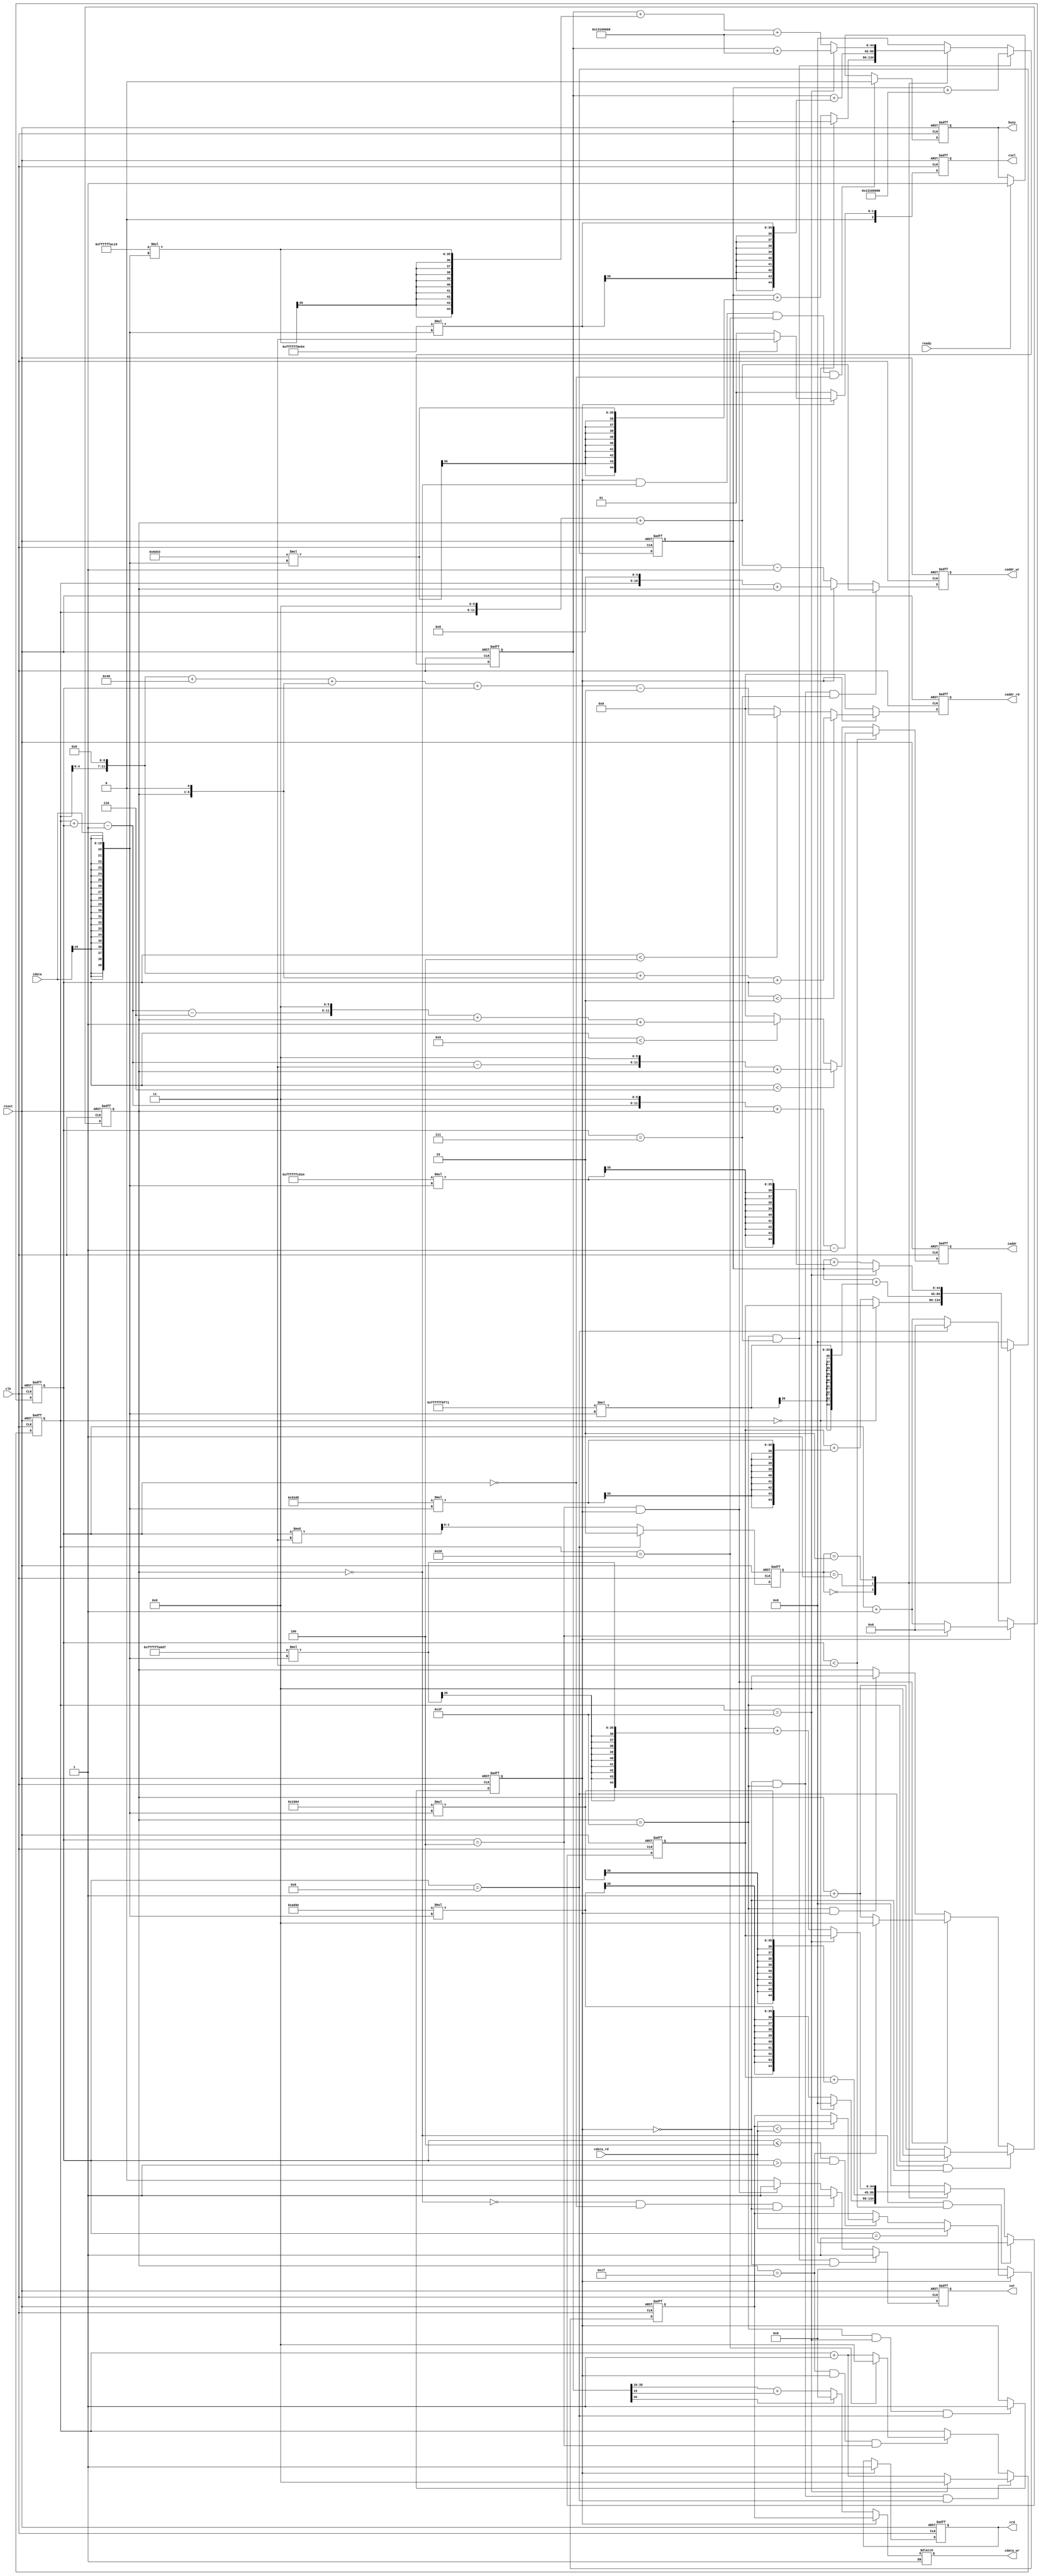
`timescale 1ns/10ps
module  CONV(clk,reset,cdata_rd,ready,idata,iaddr,cwr,caddr_wr,cdata_wr,crd,caddr_rd,busy,csel);

input clk;
input reset;
input [19:0] cdata_rd;
input ready;	
input signed [19:0] idata;	

output reg [11:0] iaddr;	
output reg cwr;
output reg [11:0] caddr_wr;
output reg [19:0] cdata_wr;
output reg crd;
output reg [11:0] caddr_rd;
output reg busy;
output reg [2:0] csel;


reg [5:0] row_cnr; // row addr counter
reg [5:0] col_cnr; // column addr counter
reg [3:0] block_cnr; // count the nine elements to get layer 0 output;
reg signed [19:0] maxpool_result;

//wire [1:0] block_mod3 = block_cnr == 4'b0 ? 2'd2 :(block_cnr - 4'b1) % 3;
wire [11:0] current_addr = ((row_cnr ) << 6 ) + col_cnr;
reg conv_maxpool; //flag that divide into two part(conv & maxpool)

reg [1:0] block_mod3 ;

always @(posedge clk or posedge reset ) begin
    if(reset)
		block_mod3 <= 1'b0;
	else 
		block_mod3 <= block_cnr == 4'd8 ? 2'd2 :(block_cnr) % 3;
end


// define conv_maxpool
always @(posedge clk or posedge reset) begin
	if(reset)
		conv_maxpool <= 1'b0;
	else if((col_cnr == 6'd63) && (row_cnr == 6'd63) && (block_cnr == 4'd8))
		conv_maxpool <= 1'b1;
    else 
        conv_maxpool <= conv_maxpool; 	
end

// define col_cnr
always @(posedge clk or posedge reset) begin
	if(reset)
		col_cnr <= 6'b0;
	else if( (block_cnr == 4'd8) && (!conv_maxpool))
		col_cnr <= (col_cnr == 6'd63) ? 6'b0 : col_cnr + 6'b1;
    else if( (block_cnr == 4'd4) && (conv_maxpool))
		col_cnr <= (col_cnr == 6'd31) ? 6'b0 : col_cnr + 6'b1; 
    else if( (col_cnr == 6'd63) && (conv_maxpool))
		col_cnr <= 6'b0 ;	
end

//define row_cnr
always @(posedge clk or posedge reset) begin
	if(reset)
		row_cnr <= 6'b0;
	else if((col_cnr == 6'd63) && (!conv_maxpool) && (block_cnr == 4'd8))
		row_cnr <= (row_cnr == 6'd63) ? 6'b0 : row_cnr + 6'b1;
    else if((col_cnr == 6'd31) && (conv_maxpool) && (block_cnr == 4'd4) )
		row_cnr <= (row_cnr == 6'd32) ? 6'b0 : row_cnr + 6'b1;
	
end




//define get nine address of one  block in convolution
//get four data in maxpooling
always @(posedge clk or posedge reset) begin
	if(reset)
		block_cnr <= 4'd15;
	else if(!conv_maxpool)
		block_cnr <= (block_cnr == 4'd8) ? 4'b0 : ( block_cnr + 4'b1 );
    else if(conv_maxpool)begin
        block_cnr <= (block_cnr == 4'd4) ? 4'b0 : ( block_cnr + 4'b1 );
    end
end

//define iaddr
always @(posedge clk or posedge reset) begin
	if(reset)
		iaddr <= 6'b0;
	else if(block_cnr < 4'd3)
        iaddr <=  ((row_cnr + block_cnr  - 4'd1  ) << 6 ) + col_cnr - 6'd1;
    else if(block_cnr < 4'd6)
        iaddr <=  ((row_cnr + block_cnr  - 4'd1 - 4'd3) << 6 ) + col_cnr ;
    else if(block_cnr < 4'd9)
        iaddr <=  ((row_cnr + block_cnr   - 4'd1 - 4'd6) << 6 ) + col_cnr + 6'd1;
    else 
        iaddr <= 4'b0;
        // case(block_ nr)
        //     4'b0000:
        //     4'b0001:
        //     4'b0010:
        //     4'b0010:
        //     4'b0010:
        //     4'b0010:
        //     4'b0010:
        //     4'b0010:

		//     iaddr <= (row_cnr == 6'd63) ? 6'b0 :  ( row_cnr + 6'b1 );
        // endcase
	
end

parameter bit_extension = 9;

reg signed [44:0] result_KelCol1;
reg signed [44:0] result_KelCol2;
reg signed [44:0] result_KelCol3;

wire signed [19:0] ker0 = 20'h0A89E ;
wire signed [19:0] ker1 = 20'h01004 ;
wire signed [19:0] ker2 = 20'hFA6D7 ;
wire signed [19:0] ker3 = 20'h092D5 ;
wire signed [19:0] ker4 = 20'hF8F71 ;
wire signed [19:0] ker5 = 20'hFC834 ;
wire signed [19:0] ker6 = 20'h06D43 ;
wire signed [19:0] ker7 = 20'hF6E54 ;
wire signed [19:0] ker8 = 20'hFAC19 ;

wire signed [39:0] ker0_idata = {{20{ker0[19]}},ker0} *{{20{idata[19]}}, idata};
wire signed [39:0] ker1_idata = {{20{ker1[19]}},ker1} *{{20{idata[19]}}, idata};
wire signed [39:0] ker2_idata = {{20{ker2[19]}},ker2} *{{20{idata[19]}}, idata};
wire signed [39:0] ker3_idata = {{20{ker3[19]}},ker3} *{{20{idata[19]}}, idata};
wire signed [39:0] ker4_idata = {{20{ker4[19]}},ker4} *{{20{idata[19]}}, idata};
wire signed [39:0] ker5_idata = {{20{ker5[19]}},ker5} *{{20{idata[19]}}, idata};
wire signed [39:0] ker6_idata = {{20{ker6[19]}},ker6} *{{20{idata[19]}}, idata};
wire signed [39:0] ker7_idata = {{20{ker7[19]}},ker7} *{{20{idata[19]}}, idata};
wire signed [39:0] ker8_idata = {{20{ker8[19]}},ker8} *{{20{idata[19]}}, idata};
wire signed [44:0] bias = { {9{1'b0}}, 20'h01310, {16{1'b0}}} ;

//define result1
always @(posedge clk or posedge reset) begin
	if(reset)
		result_KelCol1 <= 45'b0;
    else if ( (col_cnr == 6'b0) && (block_cnr < 3))
        result_KelCol1 <= 45'b0;
    else 
    case(block_mod3)
            2'b00: result_KelCol1 <=  (row_cnr == 6'b0) ? 41'b0 : {{bit_extension{ker0_idata[35]}},ker0_idata[35:0]}  ;
            2'b01: result_KelCol1 <= result_KelCol1 + {{bit_extension{ker1_idata[35]}},ker1_idata[35:0]}; // ker1_idata [35:15] ;
            2'b10: result_KelCol1 <=  (row_cnr == 6'd63) ? result_KelCol1 : result_KelCol1 + {{bit_extension{ker2_idata[35]}},ker2_idata[35:0]}; //ker2_idata [35:15] ;
            default : result_KelCol1 <= 45'b0;
    endcase
	
	
end

//define result2
always @(posedge clk or posedge reset) begin
	if(reset)
		result_KelCol2 <= 45'b0;      
    else
    case(block_mod3)
            2'b00: result_KelCol2 <= (row_cnr == 6'b0) ? result_KelCol1 : result_KelCol1 + {{bit_extension{ker3_idata[35]}},ker3_idata[35:0]};//ker3_idata [35:15] ;
            2'b01: result_KelCol2 <= result_KelCol2 + {{bit_extension{ker4_idata[35]}},ker4_idata[35:0]};//ker4_idata [35:15] ;
            2'b10: result_KelCol2 <= (row_cnr == 6'd63) ? result_KelCol2 : result_KelCol2 + {{bit_extension{ker5_idata[35]}},ker5_idata[35:0]} ;//ker5_idata [35:15] ;
            default : result_KelCol2 <= 45'b0;
    endcase
	
	
end

wire signed [29:0] result3_ker8 = result_KelCol3 + {{bit_extension{ker8_idata[35]}},ker8_idata[35:0]};//ker8_idata[35:15];

wire signed [29:0] result3_ker8bias = result_KelCol3 + {{bit_extension{ker8_idata[35]}},ker8_idata[35:0]} + bias;

//define result3
always @(posedge clk or posedge reset) begin
	if(reset)
		result_KelCol3 <= 45'b0;
    else if ( (col_cnr == 6'd63) && (block_cnr == 4'd7))
        result_KelCol3 <= result_KelCol2 + bias;

    else
    case(block_mod3)
            2'b00: result_KelCol3 <= (row_cnr == 6'b0) ? result_KelCol2 :result_KelCol2 + {{bit_extension{ker6_idata[35]}},ker6_idata[35:0]};// ker6_idata [35:15] ;
            2'b01: result_KelCol3 <= result_KelCol3 + {{bit_extension{ker7_idata[35]}},ker7_idata[35:0]};//ker7_idata[35:15] ;
            2'b10: result_KelCol3 <= (row_cnr == 6'd63) ? result_KelCol3 + bias  :result_KelCol3 + {{bit_extension{ker8_idata[35]}},ker8_idata[35:0]} + bias ; 
            default : result_KelCol3 <= 45'b0;
    endcase
	
	
end


//define cwr
always @(posedge clk or posedge reset) begin
	if(reset)
		cwr <= 1'b0;
    else if((col_cnr == 6'd63) &&(block_cnr == 4'd7) && (!conv_maxpool))
        cwr <= 1'b1;
    else if((!(col_cnr == 6'd0) ) &&(block_cnr == 4'd0) && (!conv_maxpool))
        cwr <= 1'b1;
    else if((block_cnr == 4'd4) && (conv_maxpool))
        cwr <= 1'b1;
    else
        cwr <= 1'b0;
		
end
wire bit44 =result_KelCol3[44];

// wire kelcol3_20 = result_KelCol3[20];
// wire kelcol3_19 = result_KelCol3[19];
// wire kelcol3_18 = result_KelCol3[18];
// wire kelcol3_17 = result_KelCol3[17];
// wire kelcol3_0 = result_KelCol3[0];
// wire kelcol3_1 = result_KelCol3[1];
// wire kelcol3_2 = result_KelCol3[2];
//define cdata_wr
always @(*) begin
    if(!conv_maxpool)
        cdata_wr = (result_KelCol3[44] == 0) ? result_KelCol3[37 : 16] + result_KelCol3[15]  : 20'b0 ;	//reLU
    else if(conv_maxpool )
        cdata_wr = maxpool_result;
end

// //define cdata_wr
// always @(posedge clk or posedge reset) begin
//     if(reset)
//         cdata_wr <= 20'b0;
//     else if(!conv_maxpool)
//         cdata_wr <= (result_KelCol3[19] == 0) ? result_KelCol3 : 20'b0 ;	
//     else if(conv_maxpool)
//         cdata_wr <= maxpool_result;
// end

//define caddr_wr
always @(posedge clk or posedge reset) begin
	if(reset)
		caddr_wr <= 12'b0;
    
    else if( (!conv_maxpool) && (col_cnr == 6'd63) &&(block_cnr == 4'd7) )
        caddr_wr <=  (row_cnr << 6) + col_cnr ;
    
    else if(!conv_maxpool)
        caddr_wr <=   (row_cnr << 6) + col_cnr - 12'b1;
    else if(conv_maxpool)
        caddr_wr <= (row_cnr << 5) + col_cnr ;
    else 
        caddr_wr <= caddr_wr;
		
end

//define csel
always @(posedge clk or posedge reset) begin
	if(reset)
		csel <= 3'b0;
    else if(!conv_maxpool)
        csel <= 3'b001;
    else if(conv_maxpool && (block_cnr == 4'd4) )
        csel <= 3'b011;
    else if(conv_maxpool)
        csel <= 3'b001;
    
		
end

//define crd

always @(posedge clk or posedge reset) begin
	if(reset)
		crd <= 1'b0;
    else if(conv_maxpool)
        crd <= 1'b1;
		
end

//define caddr_rd
always @(posedge clk or posedge reset) begin
	if(reset)
		caddr_rd <= 12'b0;
    else if(!conv_maxpool)
        caddr_rd <= 12'b0;
    else if(conv_maxpool)begin
        if(block_cnr < 4'd2)
            caddr_rd <= (row_cnr << 7) + (col_cnr << 1) + block_cnr;
        else if(block_cnr < 4'd4)
            caddr_rd <= ((row_cnr<< 7 )+ (1 << 6 ) ) + (col_cnr << 1) + block_cnr - 12'd2;
        else 
            caddr_rd <= 12'b0;
    end
    else 
            caddr_rd <= 12'b0;
    
		
end

//define maxpool-result
always @(posedge clk or posedge reset) begin
	if(reset)
		maxpool_result <= 20'b0;
    else if(!conv_maxpool)
        maxpool_result <= 20'b0;
    else if(conv_maxpool)begin
        if((block_cnr == 4'd1))
            maxpool_result <=cdata_rd;
        else if((block_cnr <= 4'd4) && (block_cnr > 4'd1))
            maxpool_result <=( maxpool_result < cdata_rd) ? cdata_rd : maxpool_result;
        else 
            maxpool_result <= maxpool_result;
    end
    else 
            maxpool_result <= 20'b0;
    
		
end

//define busy

always @(posedge clk or posedge reset) begin
	if(reset)
		busy <= 1'b0;
    else if(conv_maxpool && (col_cnr == 6'd0) && (row_cnr == 6'd32) && (block_cnr == 4'd0))
        busy <= 1'b0;
    else if(ready)
        busy <= 1'b1;
    else 
        busy <= busy;
		
end



















endmodule